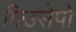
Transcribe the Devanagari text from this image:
गिउसेपो